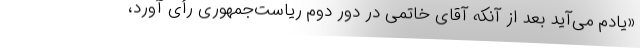
«یادم می‌آید بعد از آنکه آقای خاتمی در دور دوم ریاست‌جمهوری رأی آورد،